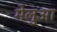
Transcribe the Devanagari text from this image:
मेलुआ